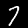
Digit: 7